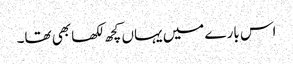
اس بارے میں یہاں کچھ لکھا بھی تھا۔